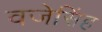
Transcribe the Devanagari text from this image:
वजेसिंह